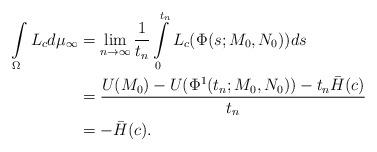
LaTeX: \begin{align*}\int\limits_{\Omega} L_cd\mu_{\infty}&=\lim \limits_{n\to \infty}\frac{1}{t_n}\int\limits_{0}^{t_n} L_c(\Phi(s;M_0,N_0))ds\\&=\frac{U(M_0)-U(\Phi^1(t_n;M_0,N_0))-t_n\bar{H}(c)}{t_n}\\&=-\bar{H}(c).\end{align*}